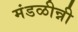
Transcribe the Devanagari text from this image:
मंडळीन्नी